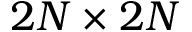
2 N \times 2 N